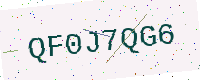
Text: QF0J7QG6